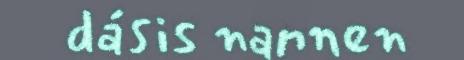
dásis nannen